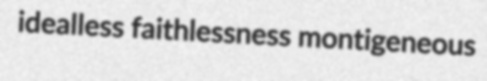
idealless faithlessness montigeneous